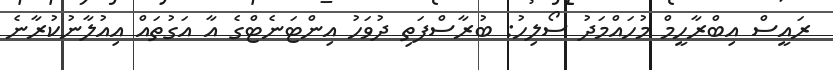
ރައީސް އިބްރާހީމް މުހައްމަދު ސޯލިހު: ބުރާސްފަތި ދުވަހު އިންޓަނެޓްގެ އާ އަގުތައް އިއުލާނުކުރާނެ